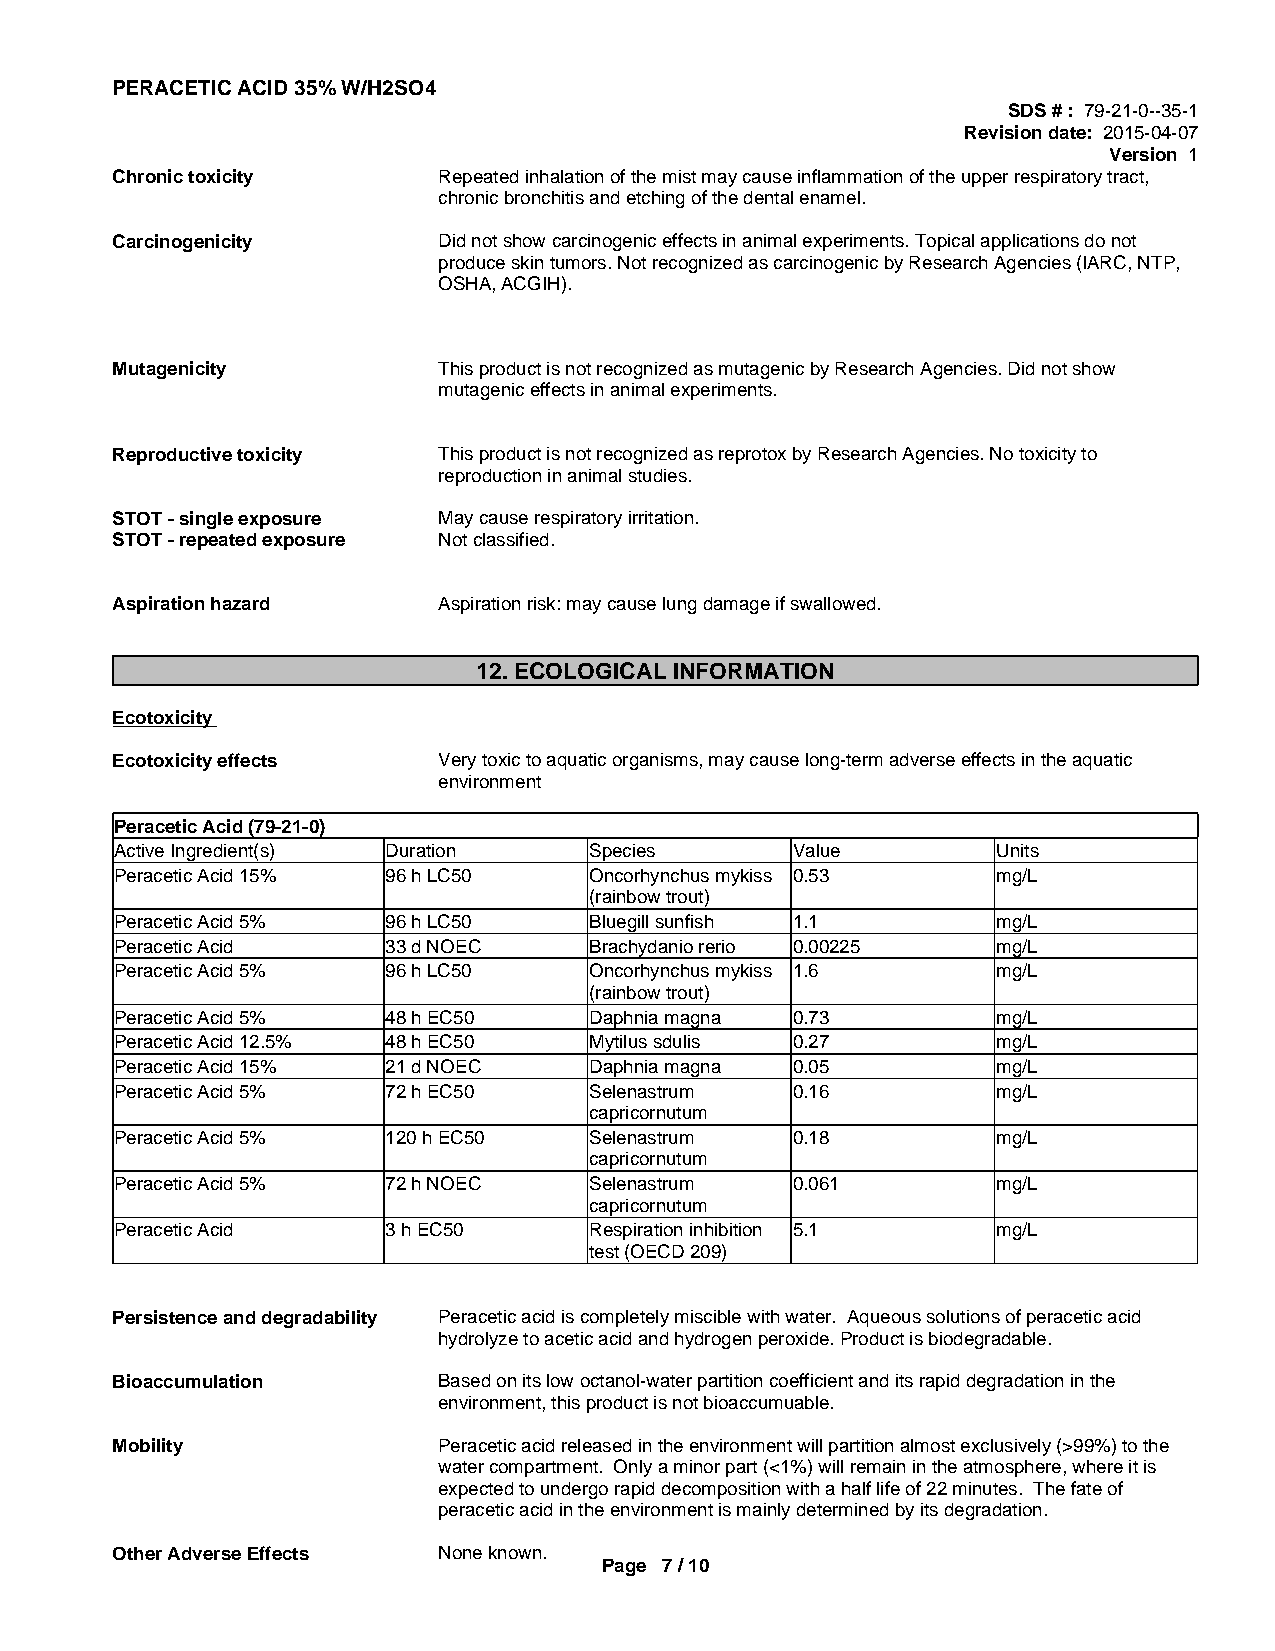
PERACETIC ACID 35% W/H2SO4
 SDS # : 79-21-0--35-1
 Revision date: 2015-04-07
 Version 1
 Chronic toxicity      Repeated inhalation of the mist may cause inflammation of the upper respiratory tract,
 chronic bronchitis and etching of the dental enamel.
 Carcinogenicity       Did not show carcinogenic effects in animal experiments. Topical applications do not
 produce skin tumors. Not recognized as carcinogenic by Research Agencies (IARC, NTP,
 OSHA, ACGIH).
 Mutagenicity          This product is not recognized as mutagenic by Research Agencies. Did not show
 mutagenic effects in animal experiments.
 Reproductive toxicity This product is not recognized as reprotox by Research Agencies. No toxicity to
 reproduction in animal studies.
 STOT - single exposure May cause respiratory irritation.
 STOT - repeated exposure Not classified.
 Aspiration hazard     Aspiration risk: may cause lung damage if swallowed.
 12. ECOLOGICAL INFORMATION
 Ecotoxicity
 Ecotoxicity effects   Very toxic to aquatic organisms, may cause long-term adverse effects in the aquatic
 environment
 Peracetic Acid (79-21-0)
 Active Ingredient(s) Duration  Species      Value         Units
 Peracetic Acid 15% 96 h LC50   Oncorhynchus mykiss 0.53   mg/L
 (rainbow trout)
 Peracetic Acid 5% 96 h LC50    Bluegill sunfish 1.1       mg/L
 Peracetic Acid    33 d NOEC    Brachydanio rerio 0.00225  mg/L
 Peracetic Acid 5% 96 h LC50    Oncorhynchus mykiss 1.6    mg/L
 (rainbow trout)
 Peracetic Acid 5% 48 h EC50    Daphnia magna 0.73         mg/L
 Peracetic Acid 12.5% 48 h EC50 Mytilus sdulis 0.27        mg/L
 Peracetic Acid 15% 21 d NOEC   Daphnia magna 0.05         mg/L
 Peracetic Acid 5% 72 h EC50    Selenastrum  0.16          mg/L
 capricornutum
 Peracetic Acid 5% 120 h EC50   Selenastrum  0.18          mg/L
 capricornutum
 Peracetic Acid 5% 72 h NOEC    Selenastrum  0.061         mg/L
 capricornutum
 Peracetic Acid    3 h EC50     Respiration inhibition 5.1 mg/L
 test (OECD 209)
 Persistence and degradability Peracetic acid is completely miscible with water. Aqueous solutions of peracetic acid
 hydrolyze to acetic acid and hydrogen peroxide. Product is biodegradable.
 Bioaccumulation       Based on its low octanol-water partition coefficient and its rapid degradation in the
 environment, this product is not bioaccumuable.
 Mobility              Peracetic acid released in the environment will partition almost exclusively (>99%) to the
 water compartment. Only a minor part (<1%) will remain in the atmosphere, where it is
 expected to undergo rapid decomposition with a half life of 22 minutes. The fate of
 peracetic acid in the environment is mainly determined by its degradation.
 Other Adverse Effects None known.
 Page 7 / 10